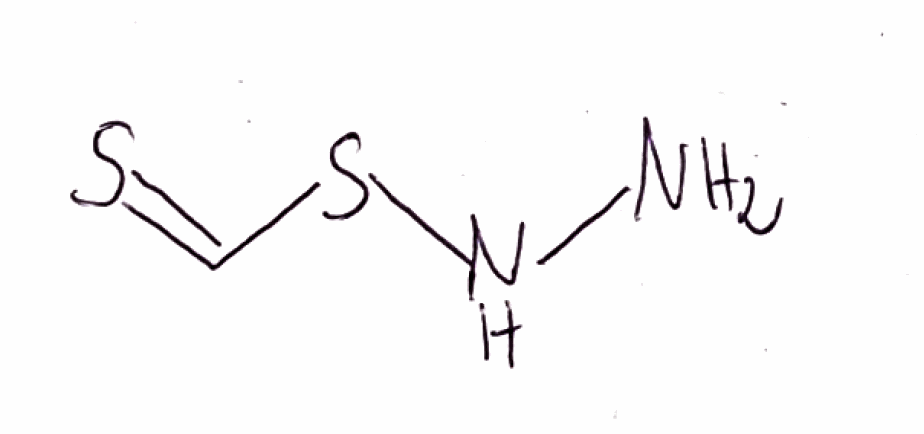
Simplified molecular-input line-entry system (SMILES) notation of the given molecule:
C(=S)SNN